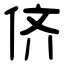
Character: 侪